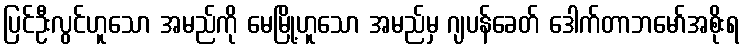
ပြင်ဦးလွင်ဟူသော အမည်ကို မေမြို့ဟူသော အမည်မှ ဂျပန်ခေတ် ဒေါက်တာဘမော်အစိုးရ